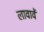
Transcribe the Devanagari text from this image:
लावावें